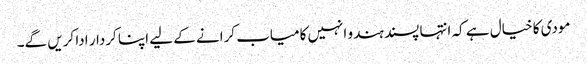
مودی کا خیال ہے کہ انتہا پسند ہندو انہیں کامیاب کرانے کے لیے اپنا کردار ادا کریں گے۔